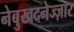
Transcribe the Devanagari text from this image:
नेबुखदनेज्ज़ार